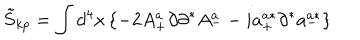
LaTeX: \tilde { S } _ { k p } = \int d ^ { 4 } x \left\{ - 2 A _ { + } ^ { a } \partial \partial ^ { * } A _ { -- } ^ { a } i a _ { + } ^ { a * } \partial ^ { * } a _ { - } ^ { a * } \right\}